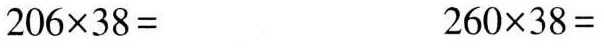
$$2 0 6 \times 3 8 =$$ $$2 6 0 \times 3 8 =$$